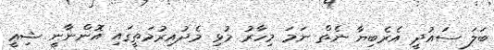
ބަލަ ސައުދީ އެރެބިޔާ ނެތް ނަމަ މިހާރު މުޅި މެދުއިރުމަތީގައި އޮންނާނީ ޝިޢީ